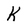
Character: K